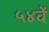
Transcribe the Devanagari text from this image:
५४वें